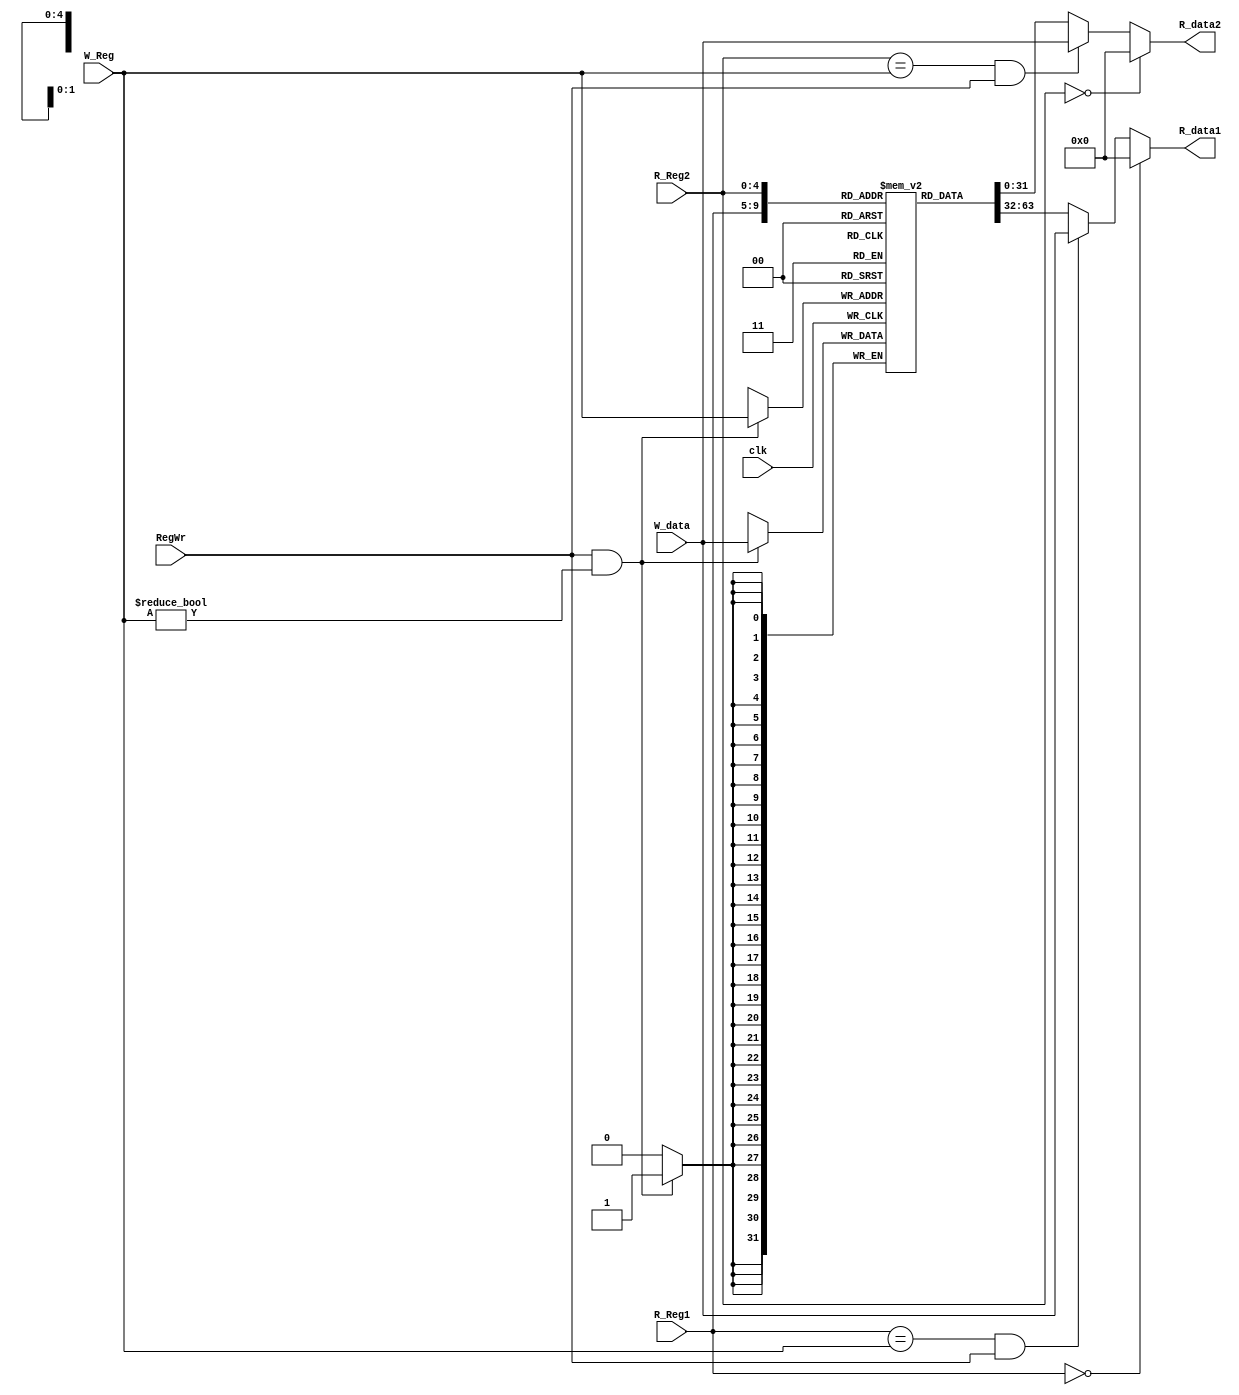
`ifndef _regm
`define _regm

//
`ifndef DEBUG_CPU_REG
`define DEBUG_CPU_REG 1
`endif

//,3232
//
//
//
//
//$00
module regm(
		input wire			clk,
		input wire  [4:0]	R_Reg1, R_Reg2,
		output wire [31:0]	R_data1, R_data2,
		input wire			RegWr,
		input wire	[4:0]	W_Reg,
		input wire	[31:0]	W_data);

	reg [31:0] mem [0:31];
	reg [5:0] index;
	reg [31:0] _data1, _data2;

	initial begin
		for (index = 0 ;index < 32;index = index+1) begin
			mem[index][31:0]=32'h0;
		end
	end

	//
	initial begin
		if (`DEBUG_CPU_REG) begin
			$display("      $0,       $1,       $2,       $3,       $4,       $5,       $6,       $7,       $8,       $9,,       $10");
			$monitor("%x, %x, %x, %x, %x, %x, %x, %x, %x, %x, %x",
					mem[0][31:0],
					mem[1][31:0],
					mem[2][31:0],
					mem[3][31:0],
					mem[4][31:0],
					mem[5][31:0],
					mem[6][31:0],
					mem[7][31:0],
					mem[8][31:0],
					mem[9][31:0],
					mem[10][31:0]
				);
		end
	end

	always @(*) begin
		if (R_Reg1 == 5'd0)
			_data1 = 32'd0;
		else if ((R_Reg1 == W_Reg) && RegWr)
			_data1 = W_data;
		else
			_data1 = mem[R_Reg1][31:0];
	end

	always @(*) begin
		if (R_Reg2 == 5'd0)
			_data2 = 32'd0;
		else if ((R_Reg2 == W_Reg) && RegWr)
			_data2 = W_data;
		else
			_data2 = mem[R_Reg2][31:0];
	end

	assign R_data1 = _data1;
	assign R_data2 = _data2;

	always @(posedge clk) begin
		if (RegWr && W_Reg != 5'd0) begin
			// $0
			mem[W_Reg] <= W_data;
		end
	end
endmodule

`endif